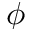
\phi